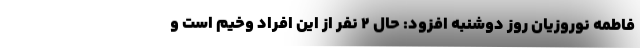
فاطمه نوروزیان روز دوشنبه افزود: حال ۲ نفر از این افراد وخیم است و